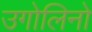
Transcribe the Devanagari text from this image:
उगोलिनो